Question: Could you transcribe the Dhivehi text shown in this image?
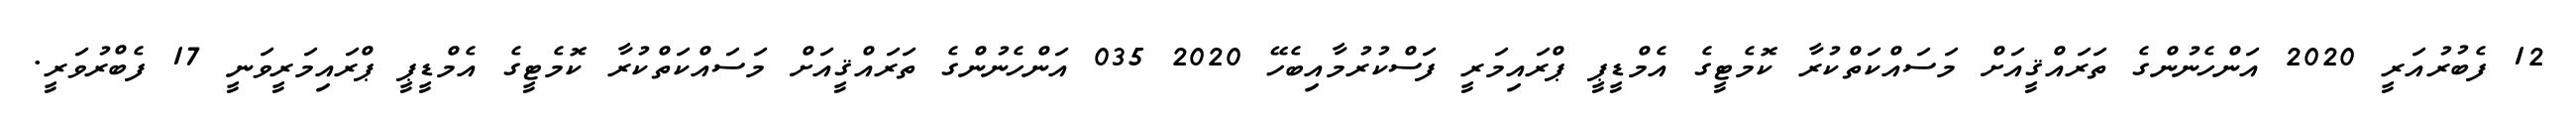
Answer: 12 ފެބުރުއަރީ 2020 އަންހެނުންގެ ތަރައްޤީއަށް މަސައްކަތްކުރާ ކޮމެޓީގެ އެމްޑީޕީ ޕްރައިމަރީ ފަސްކުރުމާއިބެހޭ 2020 035 އަންހެނުންގެ ތަރައްޤީއަށް މަސައްކަތްކުރާ ކޮމެޓީގެ އެމްޑީޕީ ޕްރައިމަރީވަނީ 17 ފެބްރުވަރީ.